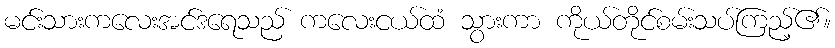
မင်းသားကလေးအင်ဒရေသည် ကလေးငယ်ထံ သွားကာ ကိုယ်တိုင်စမ်းသပ်ကြည့်၏။